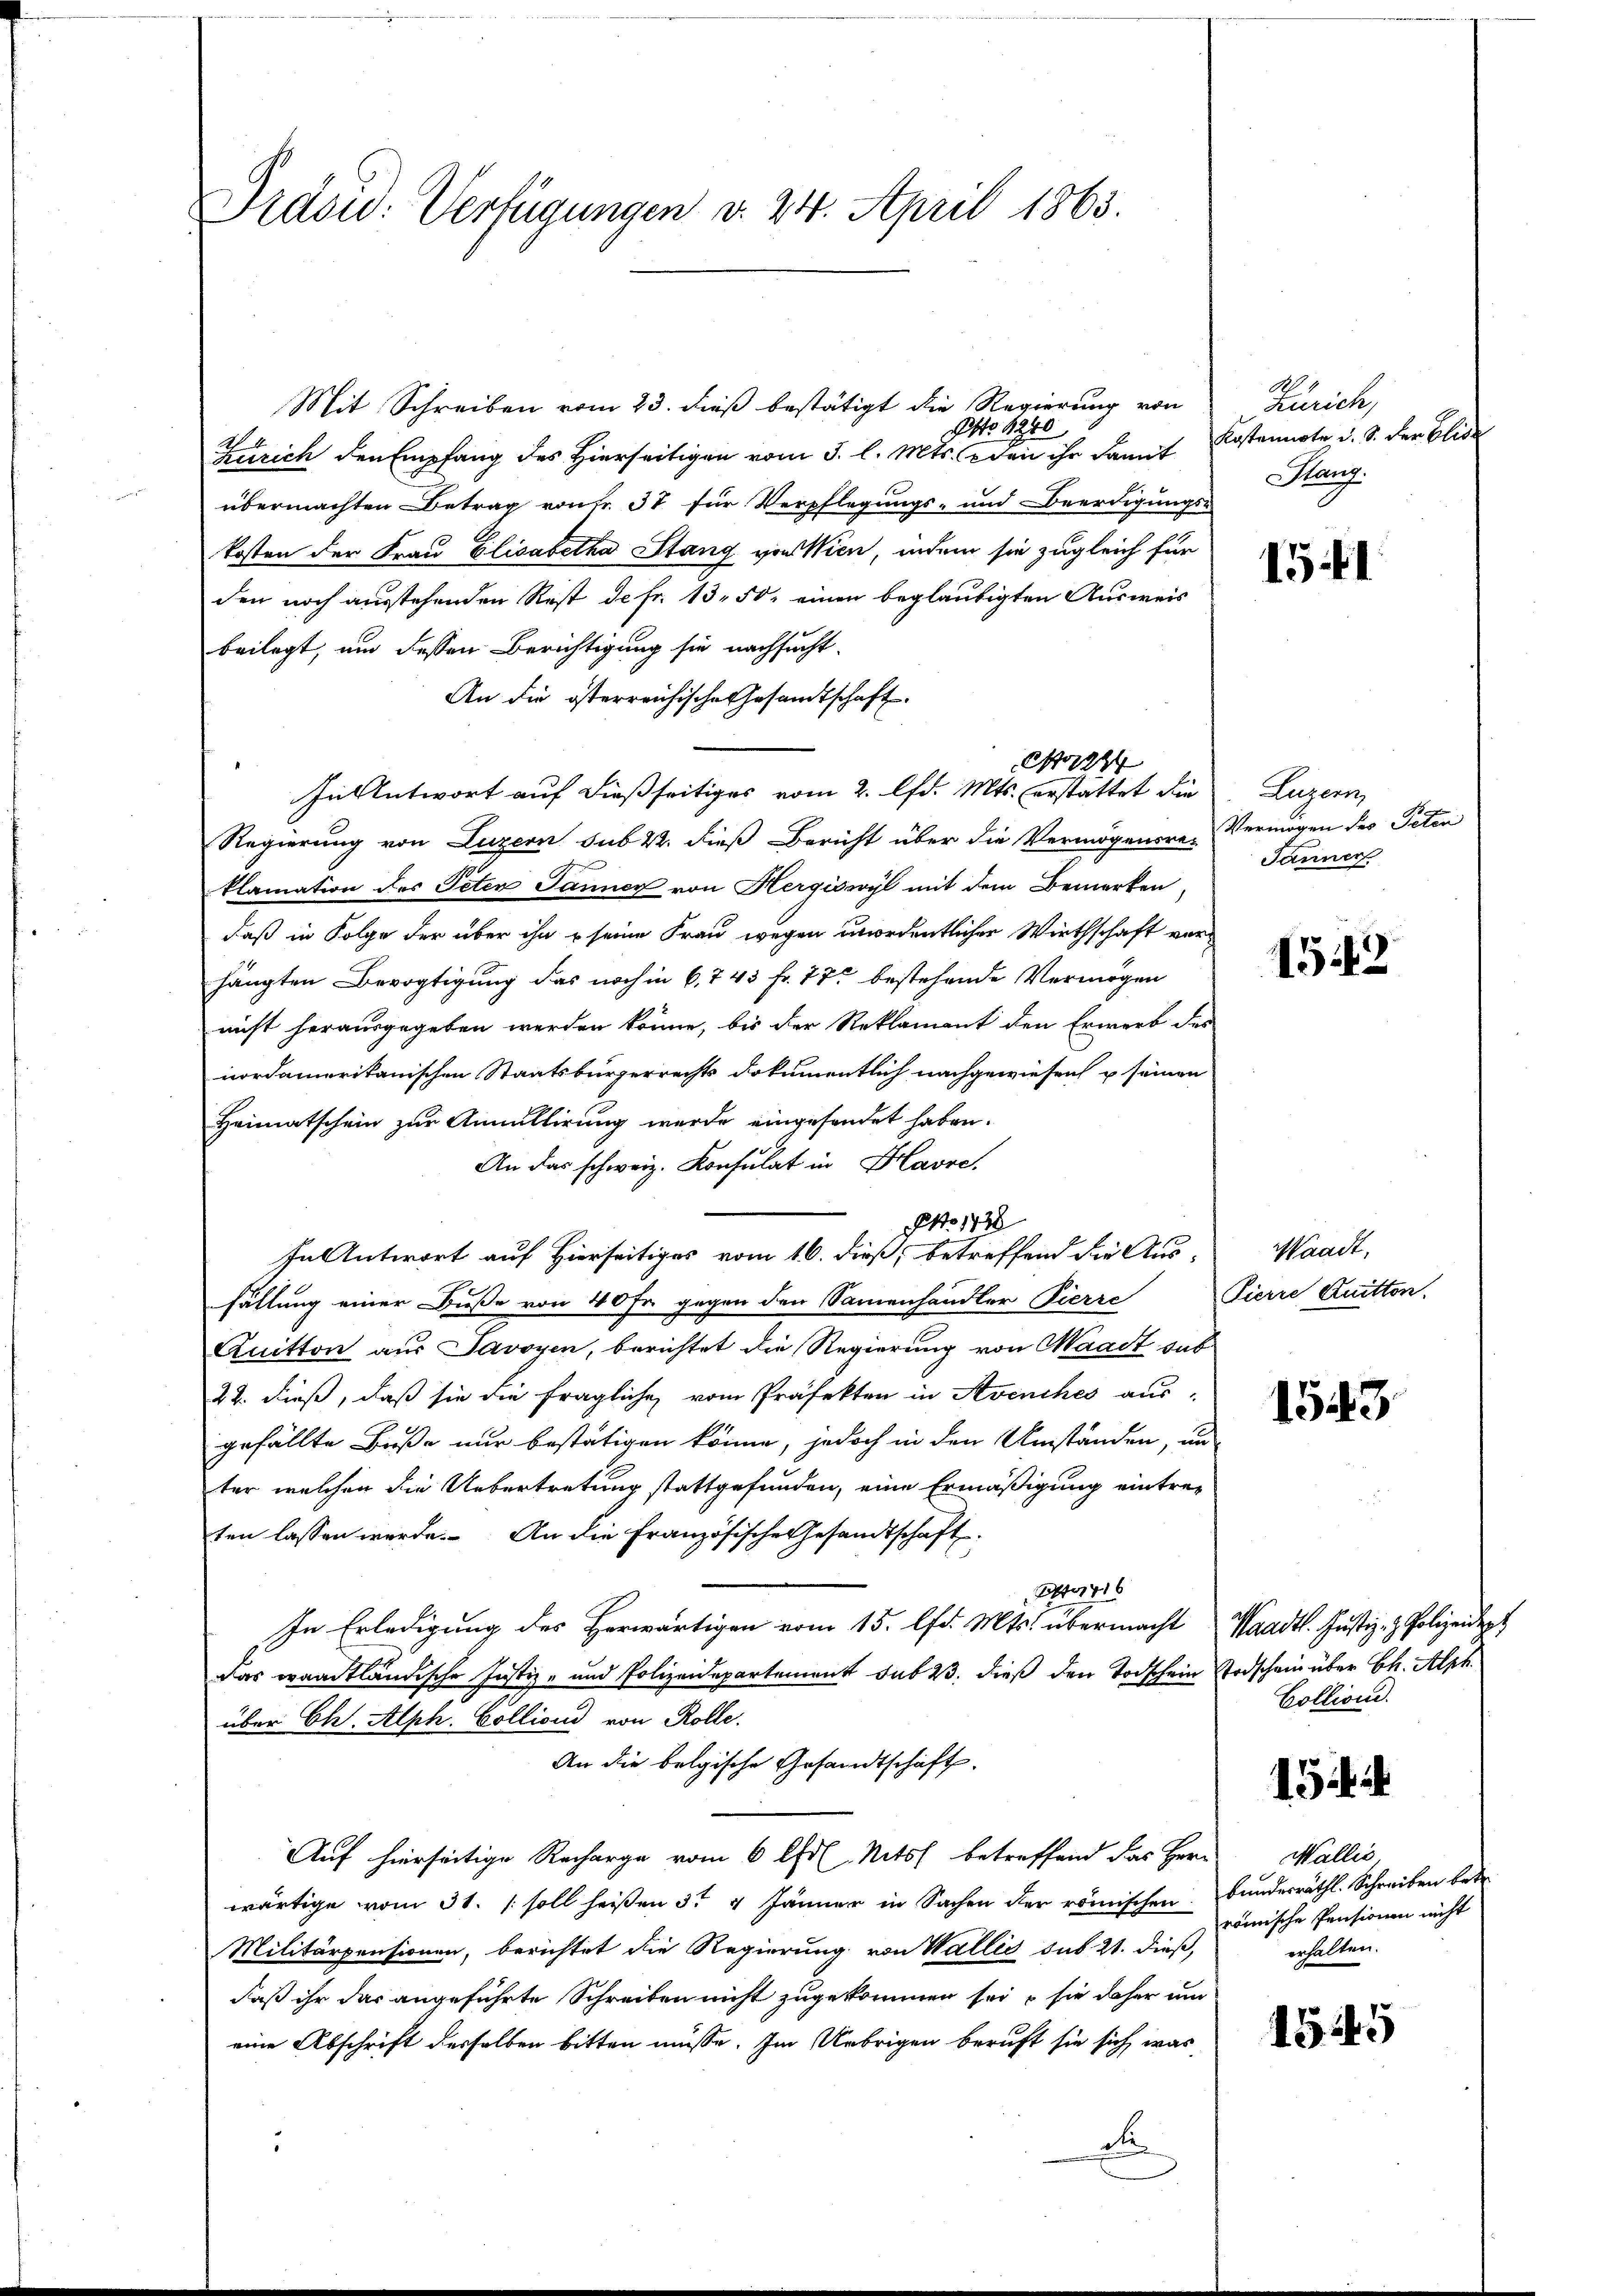
Srdou: Verfügungen v. 24. April 1863.

Mit Schreiben vom 23. dieß bestätigt die Regierung von
NNo. 1240
S.
Zürich den Empfang des Hierseitigen vom 3. l. Mts. den ihr damit Kostennote d. S. der blie
übermachten Betrag von Fr. 37 für Verpflegungs- und Beerdigungs-
kosten der Frau Elisabetha Stang von Wien, indem sie zugleich für
den noch ausstehenden Rest de fr. 13. 50, einen beglaubigten Ausweis
beilegt, um dessen Berichtigung sie nachsucht.
An die österreichische Gesandtschaft.
In Antwort auf dießseitiges vom 2. lfd. Mts. erstattet die
Regierung von Luzern sub 22. dieß Bericht über die Vermögensre-
klamation des Peten Janner von Hergiswyl mit dem Bemerken
daß in Folge der über ihn u seine Frau wegen unordentlicher Wirthschaft vorhängten Bevogtigung das noch in 6, 7 45 fr. 77 bestehende Vermögen
nicht herausgegeben werden könne, bis der Reklament den Erwerb des
nordamerikanischen Staatsbürgerrechts dokumentlich nachgewiesen u seinen
Heimatschein zur Annullirung wurde eingesendet haben.
An das schweiz. Konsulat in Havre,
In Antwort auf Hierseitiges vom 16. dieß, betreffend die Aus-
fällung einer Buße von 40 Fr. gegen den Sammenhändler Pierre
Quitton aus Savoyen, berichtet die Regierung von Waadt dab
22. dieß, daß sie die fragliche vom Präfekten in Avenches aus-
gefällte Buße nur bestätigen könne, jedoch in den Umstanden, un
ter welchen die Uebertretung stattgefunden, eine Ermäßigung eintreten lassen werde. An die Französische Gesandtschaft
416
In Erledigung des Herwärtigen vom 15. d. Mts. übermacht
Das waadtländische Justiz- und Polizeidepartement sub 23. dieß den Todschein
über Chr. Alph. Collion von Rolle.
An die belgische Gesandtschaft.
Auf hierseitige Recharge vom 6 lit. Nits betreffend das Herr
wärtige vom 31. / soll heißen 3t 4 Jänner in Sachen der römischen
Militärpensionen, berichtet die Regierung von Wallis sub 21. dieß,
daß ihr das angeführte Schreiben nicht zugekommen sei, sie daher um
eine Abschrift desselben bitten müsse. Im Uebrigen beruft sie sich was
d

No 1778

Ao 1874

B
Zürich,
Hanz.

1541

Luzern,
Vermögen des Peten
Janner

1542

Waadt,
Pierre Quitten.

1543

Waadt. Justiz- & Polizeidigt
Todschein über Chr. Alph
Collione.

1

Wallis.
bundesräthl. Schreiben betr.
römische Pensionen nicht
erhalten.

1545